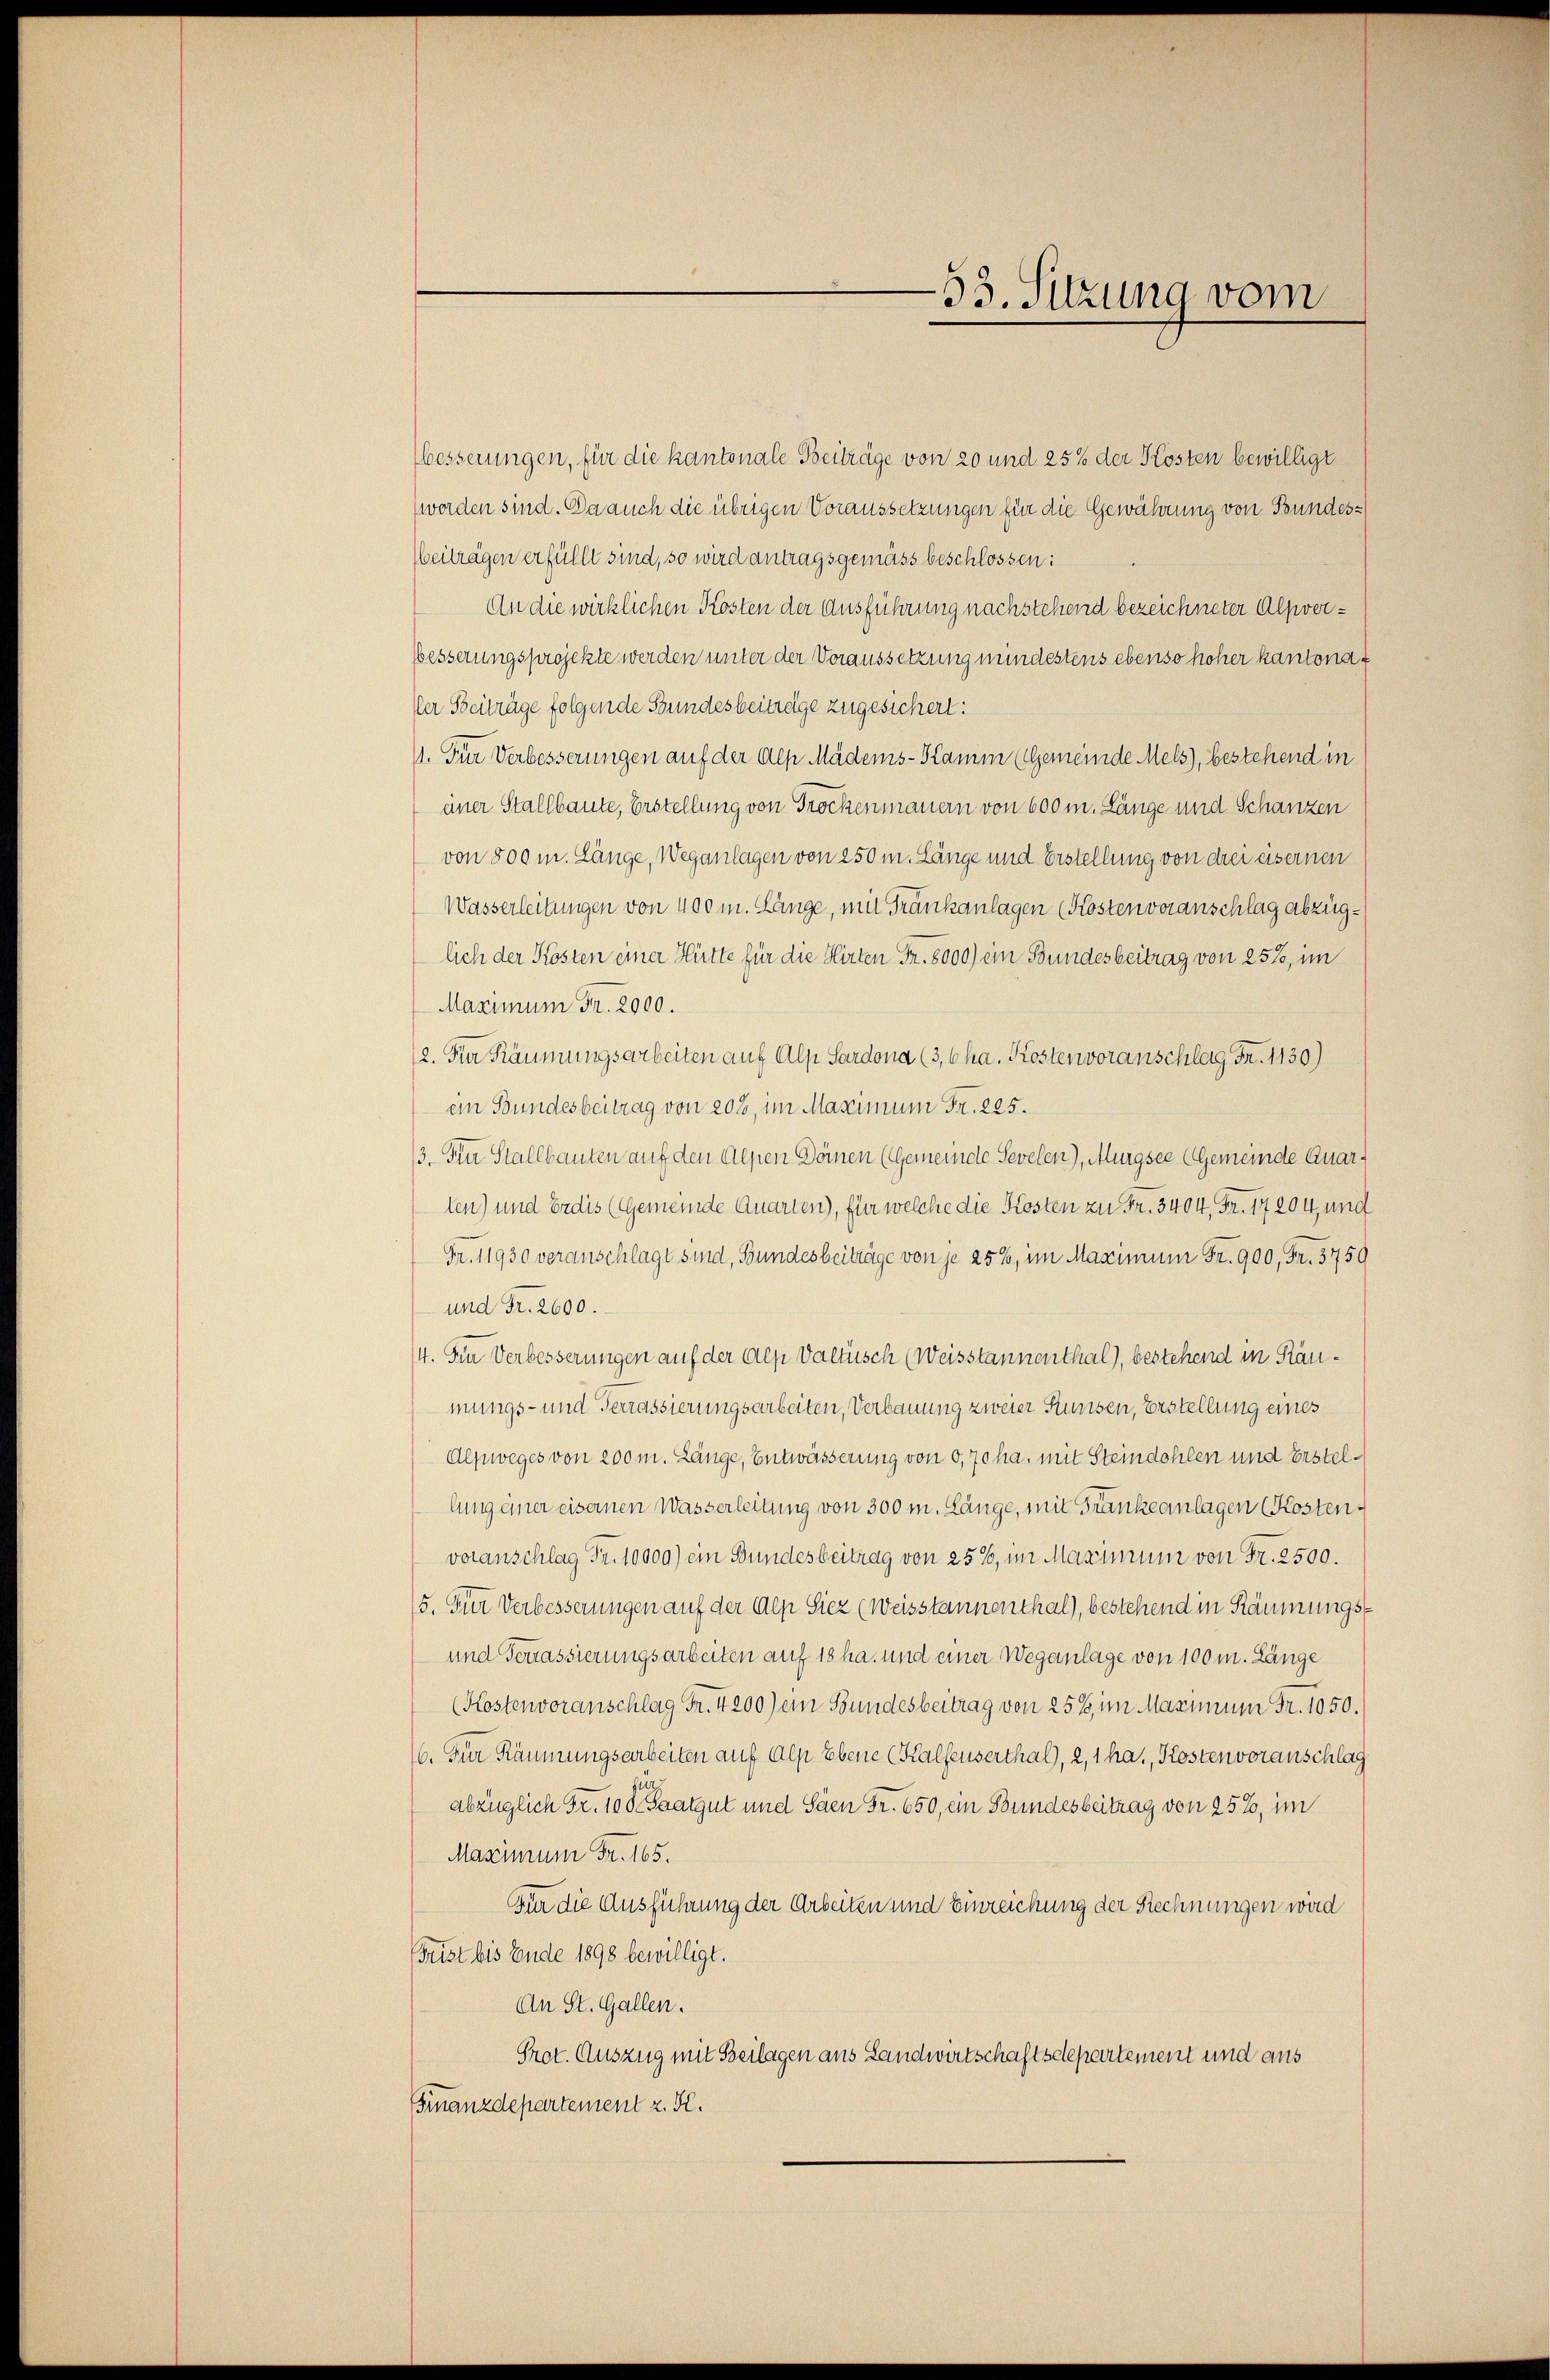
—53. Sitzung vom

besserungen, für die kantonale Beiträge von 20 und 25% der Kosten bewilligt
werden sind. Da auch die übrigen Voraussetzungen für die Gewährung von Bundes-
beiträgen erfüllt sind, so wird antragsgemäss beschlossen:
An die wirklichen Kosten der Ausführung nachstehend bezeichneter Alpver¬
Besserungsprojekte werden unter der Voraussetzung mindestens ebenso hoher kantona
Der Beiträge folgende Stundesbeiträge zugesichert:
11. Für Verbesserungen auf der Alp Mädens-Kamm (Gemeinde Mels), bestehend in
einer Stallbaute, Erstellung von Trockenmauern von 600 m. Länge und Schanzen
von 800 m. Länge, Weganlagen von 250 m. Länge und Erstellung von drei eisernen
Wasserleitungen von 400 m. Länge, mit Frankanlagen (Kosten voranschlag abzüglich der Kosten einer Hütte für die Hirten Fr. 8000) ein Bundesbeitrag von 25%, im
Maximum Fr. 2000.
12. Der Räumungsarbeiten auf Alp Sardona (3, 6 ha. Kostenvoranschlag Fr. 1130)
ein Bundesbeitrag von 208, im Maximum Fr. 225.
/3. Die Stallbauten auf den Alpen Dörnen (Gemeinde Sevelen), Murgsee (Gemeinde Quarten) und Erdis (Gemeinde Quarten), für welche die Kosten zu Fr. 3404, Fr. 17204, und
Fr. 11930 veranschlagt sind, Bundesbeiträge von je 25%, im Maximum Fr. 900, Fr. 5759
und Fr. 2600.
/4. Im Verbesserungen auf der Alp Valtisch (Weisstannenthal), bestehend in Ränmungs- und Terrassierungsarbeiten, Verbauung zweier Stunden, Erstellung eines
Alpweges von 200 m. Länge, Entwässerung von 0,70 ha, mit Steindohlen und Erstellung einer eisernen Wasserleitung von 300 m. Länge, mit Frankeanlagen (Kosten
voranschlag Fr. 10000) ein Bundesbeitrag von 25%, im Maximum von Fr. 2500.
5. Für Verbesserungen auf der Alp Siez (weisstannenthal), bestehend in Räumungs¬
und Tonassierungsarbeiten auf 18 ha. und einer Weganlage von 100 m. Länge
(Kostenvoranschlag Fr. 4200) ein Bundesbeitrag von 25%, im Maximum Fr. 1050.
16. Für Räumungsarbeiten auf Alp Ebene (Kalfenserthal), 2, 1 ha., Kosten voranschlag
abzüglich Fr. 100 Saatgut und Säen Fr. 650, ein Bundesbeitrag von 25%, im
Maximum Fr. 165.
Für die Ausführung der Arbeiten und Einreichung der Rechnungen wird
Frist bis Ende 1898 bewilligt.
An St. Gallen.
Prot. Auszug mit Beilagen aus Landwirtschaftsdepartement und aus
Finanzdepartement z. K.